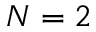
N = 2